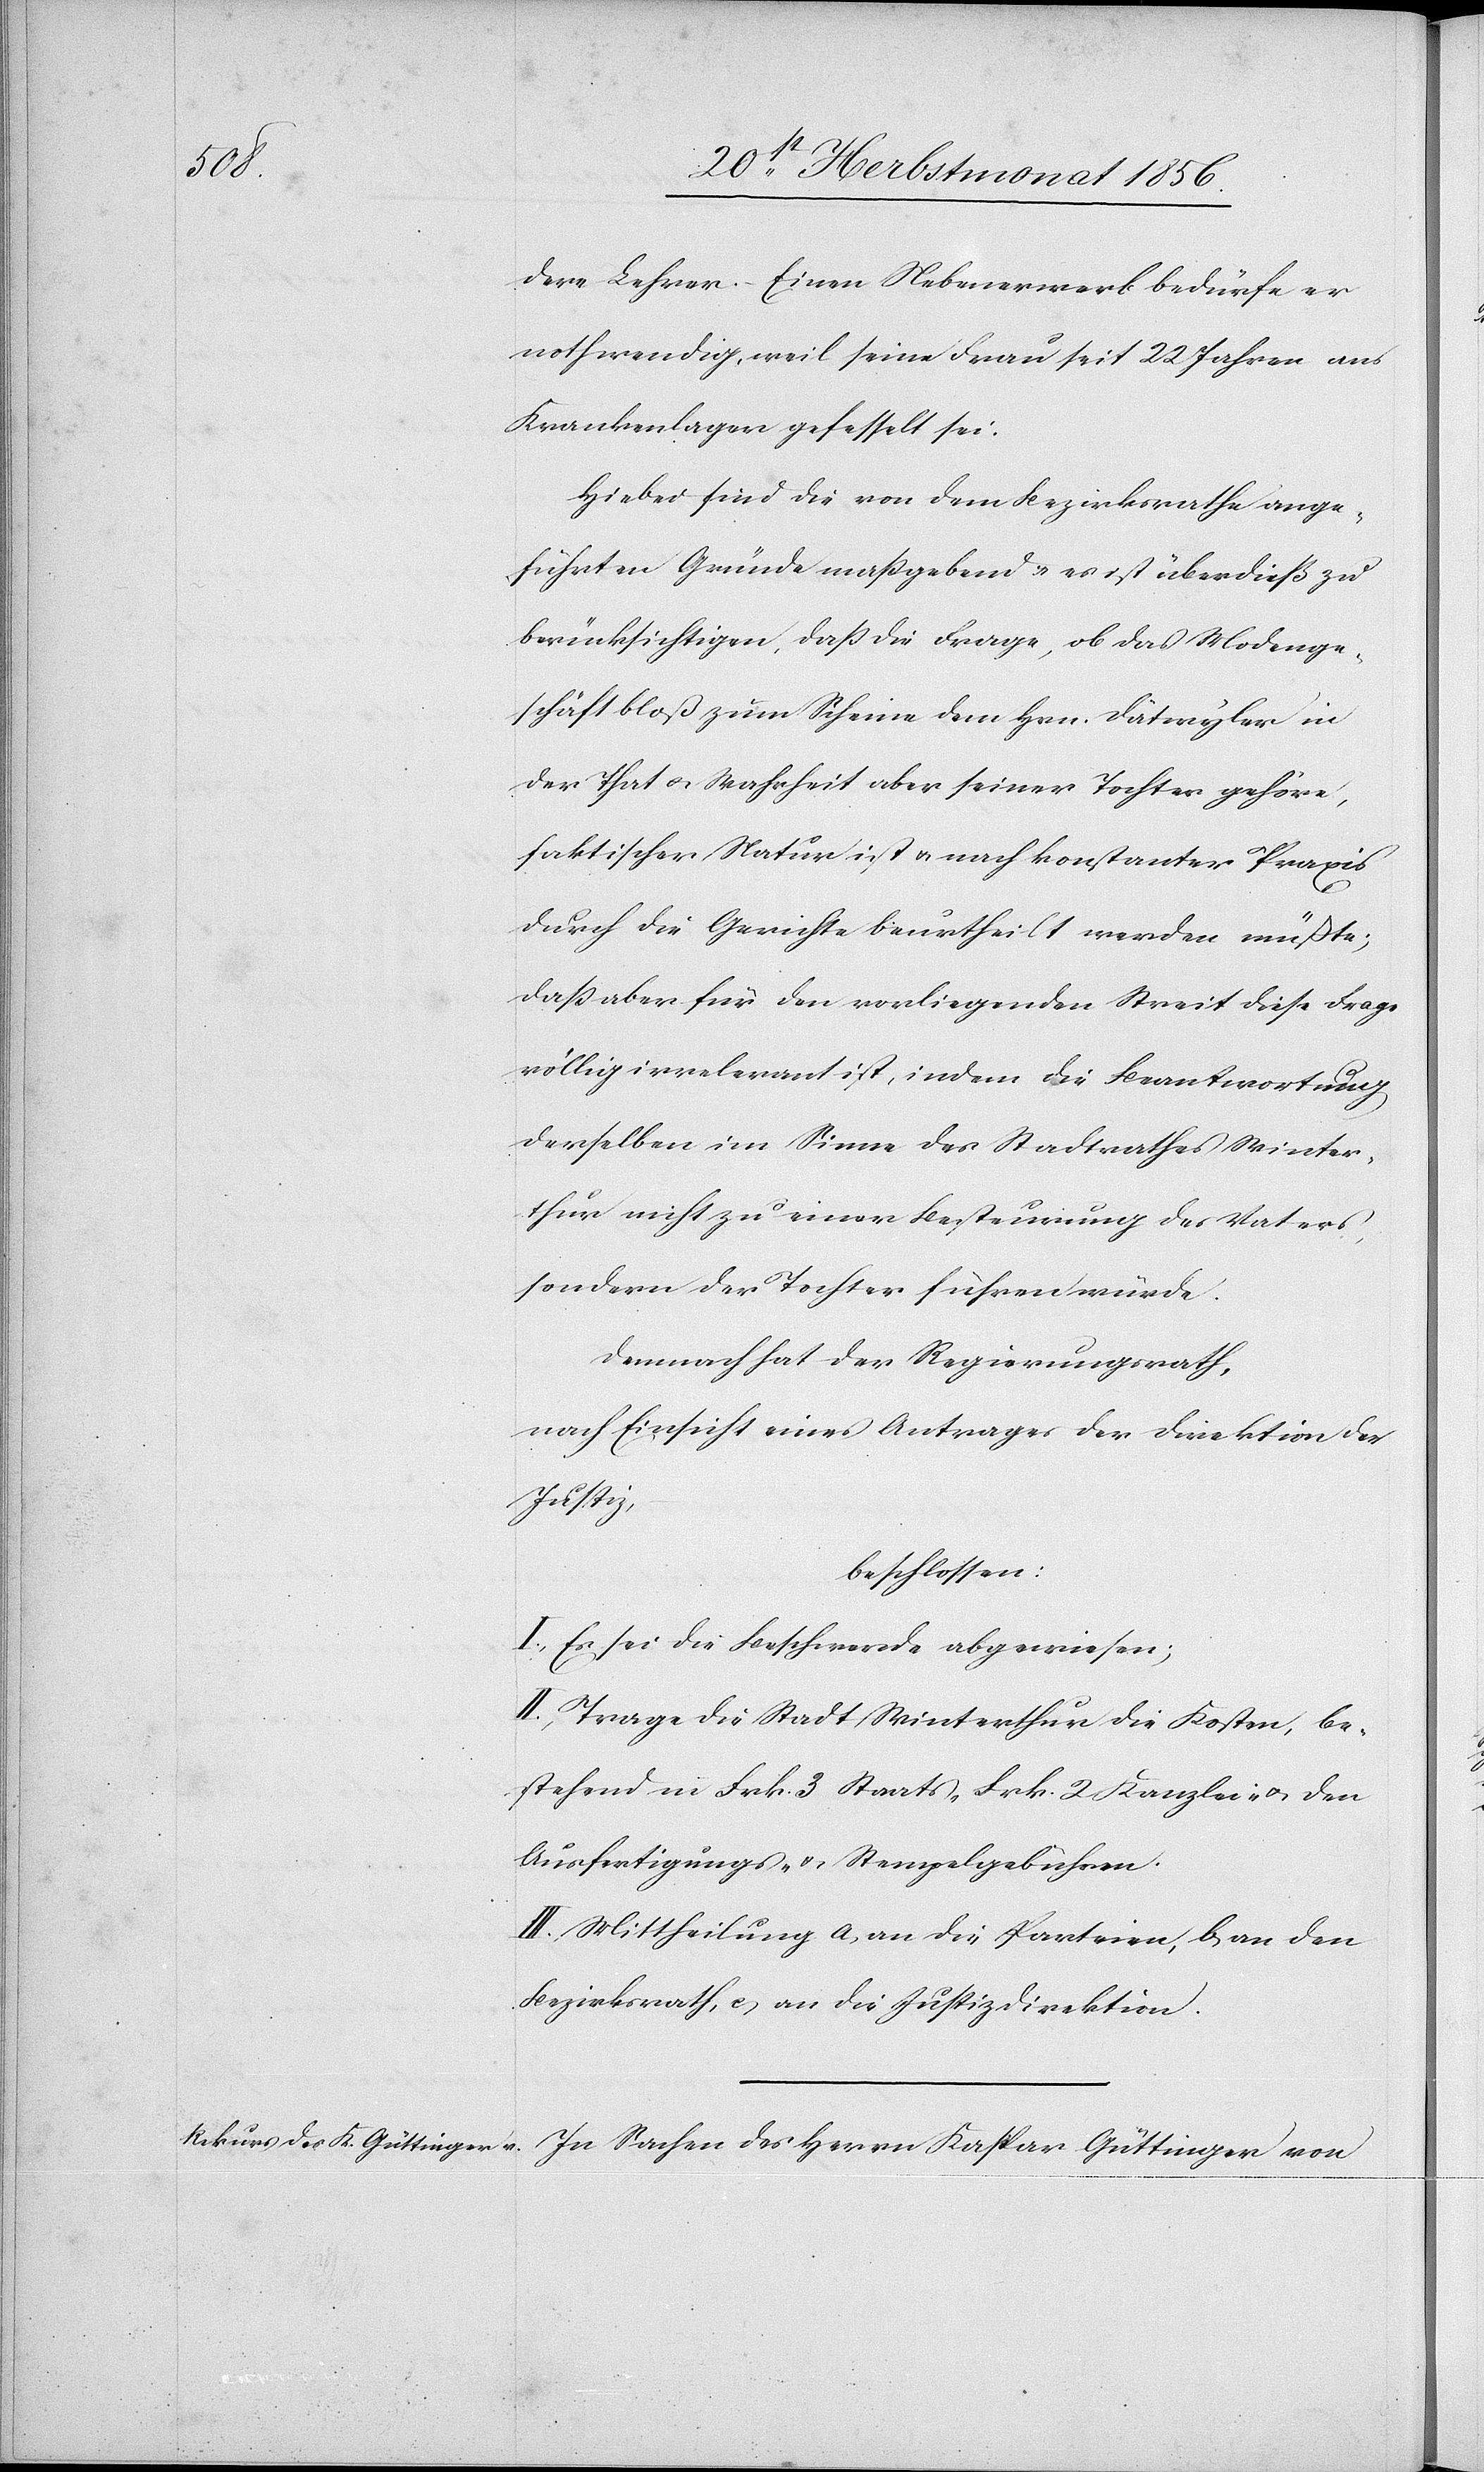
dere Lehrer. – Einen Nebenerwerb bedürfe er
nothwendig, weil seine Frau seit 22 Jahren ans
Krankenlager gefesselt sei.
Hiebei sind die von dem Bezirksrathe ange¬
führten Gründe massgebend & es ist überdieß zu
berücksichtigen, dass die Frage, ob das Modenge¬
schäft bloß zum Scheine dem Hrn. Dätwyler in
der That u. Wahrheit aber seiner Tochter gehöre,
faktischer Natur ist u. nach konstanter Praxis
durch die Gerichte beurtheilt werden müßte;
dass aber für den vorliegenden Streit diese Frage
völlig irrelevant ist, indem die Beantwortung
derselben im Sinne des Stadtrathes Winter¬
thur nicht zu einer Besteurung des Vaters
sondern der Tochter führen würde.
Demnach hat der Regierungsrath,
nach Einsicht eines Antrages der Direktion der
Justiz,
beschlossen:
I.) Es sei die Beschwerde abgewiesen;
II.) Trage die Stadt Winterthur die Kosten, be¬
stehend in Frk. 3 Staats-[,] Frk. 2 Kanzlei- u. den
Ausfertigungs- u. Stempelgebühren.
III.) Mittheilung a) an die Parteien, b) an den
Bezirksrath, c) an die Justizdirektion.
In Sachen des Herrn Kaspar Güttinger von